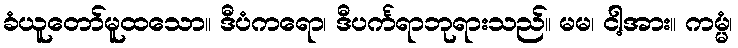
ခံယူတော်မူထသော။ ဒီပံကရော၊ ဒီပင်္ကရာဘုရားသည်။ မမ၊ ငါ့အား။ ကမ္မံ၊